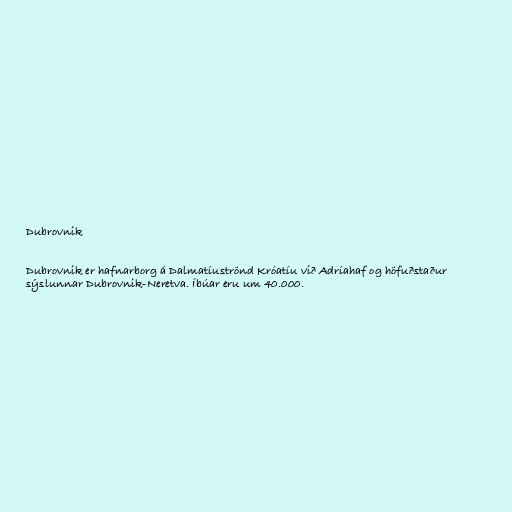
Dubrovnik

Dubrovnik er hafnarborg á Dalmatíuströnd Króatíu við Adríahaf og höfuðstaður
sýslunnar Dubrovnik-Neretva. Íbúar eru um 40.000.